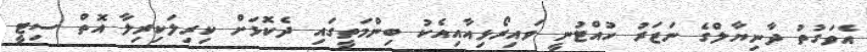
އެވަގުތު ދާނިޔާލްގެ ނަޒަރު ހުއްޓުނީ ވައިރޯޅިއާއިއެކު ބިންމަތީގައި ދެކޮޅަށް ކިރިލަކިރިލާ އޮތް ސިޓީ